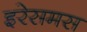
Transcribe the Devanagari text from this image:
इरेसमस